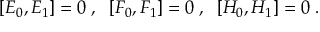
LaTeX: \, \, [ E _ { 0 } , E _ { 1 } ] = 0 \; , \; \; [ F _ { 0 } , F _ { 1 } ] = 0 \; , \; \; [ H _ { 0 } , H _ { 1 } ] = 0 \; .